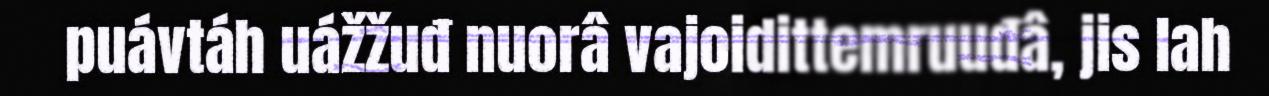
puávtáh uážžuđ nuorâ vajoidittemruuđâ, jis lah